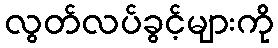
လွတ်လပ်ခွင့်များကို